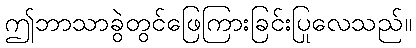
ဤဘာသာခွဲတွင်ဖြေကြားခြင်းပြုလေသည်။